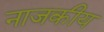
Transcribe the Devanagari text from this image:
नाजकीय